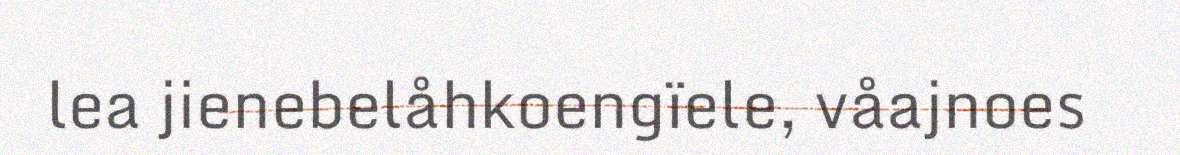
lea jienebelåhkoengïele, våajnoes